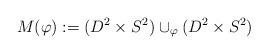
LaTeX: \begin{align*}M(\varphi):= (D^2\times S^2)\cup_{\varphi} (D^2\times S^2)\end{align*}